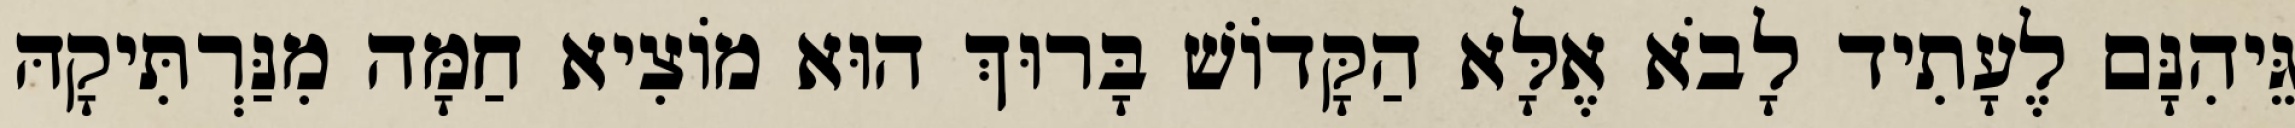
גֵּיהִנָּם לֶעָתִיד לָבֹא אֶלָּא הַקָּדוֹשׁ בָּרוּךְ הוּא מוֹצִיא חַמָּה מִנַּרְתִּיקָהּ